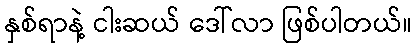
နှစ်ရာနဲ့ ငါးဆယ် ဒေါ်လာ ဖြစ်ပါတယ်။